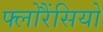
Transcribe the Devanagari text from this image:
फ्लोरैंसियो